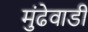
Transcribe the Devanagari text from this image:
मुंढेवाडी